Lunatic asylums Central Provinces reports 1874-1885 - 1874-1885
Year: 1874
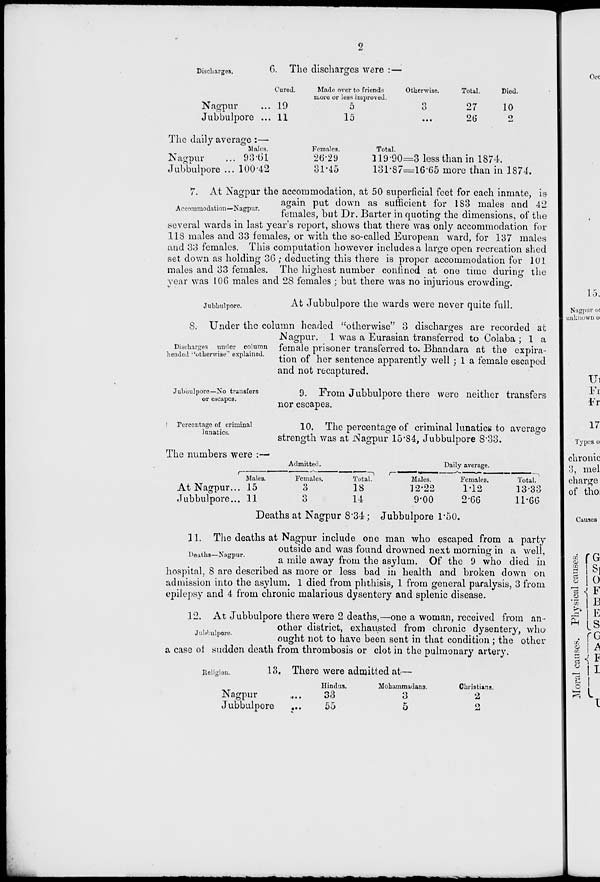
2
Discharges.
6. The discharges were :—
Nagpur ...
Jubbulpore ...
Cured.
19
11
Made over to friends
more or leas improved.
5
15
Otherwise.
3
...
Total.
27
26
Died.
10
2
The daily average :—
Nagpur ...
Jubbulpore ...
Males.
93.61
100.42
Females.
26.29
31.45
Total.
119.90=3 less than in 1874.
131.87=16.65 more than in 1874.
Accommodation—Nagpur.
7. At Nagpur the accommodation, at 50 superficial feet for each inmate, is
again put down as sufficient for 183 males and 42
females, but Dr. Barter in quoting the dimensions, of the
several wards in last year's report, shows that there was only accommodation for
118 males and 33 females, or with the so-called European ward, for 137 males
and 33 females. This computation however includes a large open recreation shed
set down as holding 36 ; deducting this there is proper accommodation for 101
males and 33 females. The highest number confined at one time during the
year was 106 males and 28 females ; but there was no injurious crowding.
Jubbulpore.
At Jubbulpore the wards were never quite full.
Discharges under column
headed ''otherwise'' explained.
8. Under the column headed "otherwise" 3 discharges are recorded at
Nagpur. 1 was a Eurasian transferred to Colaba ; 1 a
female prisoner transferred to. Bhandara at the expira-
tion of her sentence apparently well ; 1 a female escaped
and not recaptured.
Jubbulpore—No transfers
or escapes.
9. From Jubbulpore there were neither transfers
nor escapes.
Percentage of criminal
lunatics.
10. The percentage of criminal lunatics to average
strength was at Nagpur 15.84, Jubbulpore 8.33.
The numbers were :—
At Nagpur ...
Jubbulpore ...
Admitted.
Males.
15
11
Females.
3
3
Total.
18
14
Daily average.
Males.
12.22
9.00
Females.
1.12
2.66
Total.
13.33
11.66
Deaths at Nagpur 8.34 ; Jubbulpore 1.50.
Deaths—Nagpur.
11. The deaths at Nagpur include one man who escaped from a party
outside and was found drowned next morning in a well,
a mile away from the asylum. Of the 9 who died in
hospital, 8 are described as more or less bad in health and broken down on
admission into the asylum. 1 died from phthisis, 1 from general paralysis, 3 from
epilepsy and 4 from chronic malarious dysentery and splenic disease.
Jubbulpore.
12. At Jubbulpore there were 2 deaths,—one a woman, received from an-
other district, exhausted from chronic dysentery, who-
ought not to have been sent in that condition ; the other
a case of sudden death from thrombosis or clot in the pulmonary artery.
Religion.
13. There were admitted at—
Nagpur ...
Jubbulpore ...
Hindus.
33
55
Mohammadans.
3
5
Christians.
2
2